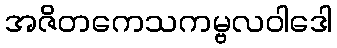
အဇိတကေသကမ္ဗလဝါဒေါ